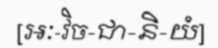
[អៈ-វិច-ជា-និ-យំ]